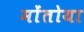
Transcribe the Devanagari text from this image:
मोंतोया